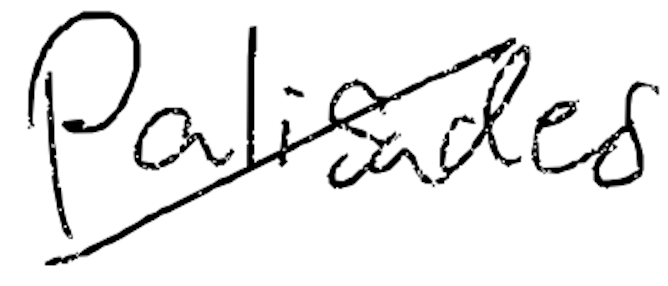
Text: Palisades
Cross-out: mix
Writing tool: digital_black